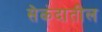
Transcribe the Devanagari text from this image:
सेकंदातील